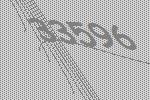
33596